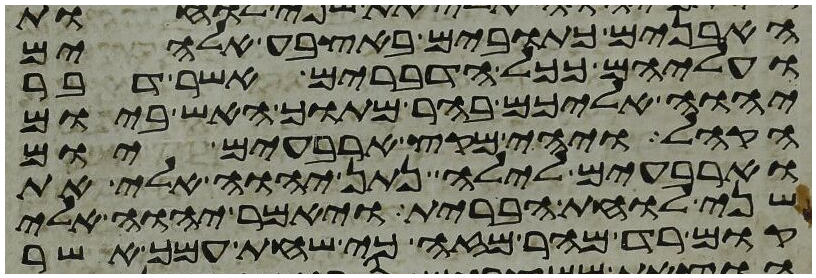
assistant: האבנים כתובים באצבע אלהים
ועליהם ככל הדברים אשר דבר
יהוה אליכם בהר מתוך האש ביום
הקהל ויהי מקץ ארבעים יום
וארבעים לילה נתן יהוה אלי את
שני לוחת הברית ויאמר יהוה אלי
קום רד מהר מזה כי שחת עמך אשר